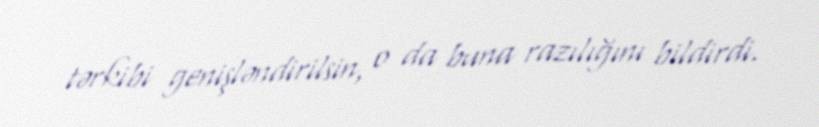
tərkibi genişləndirilsin, o da buna razılığını bildirdi.